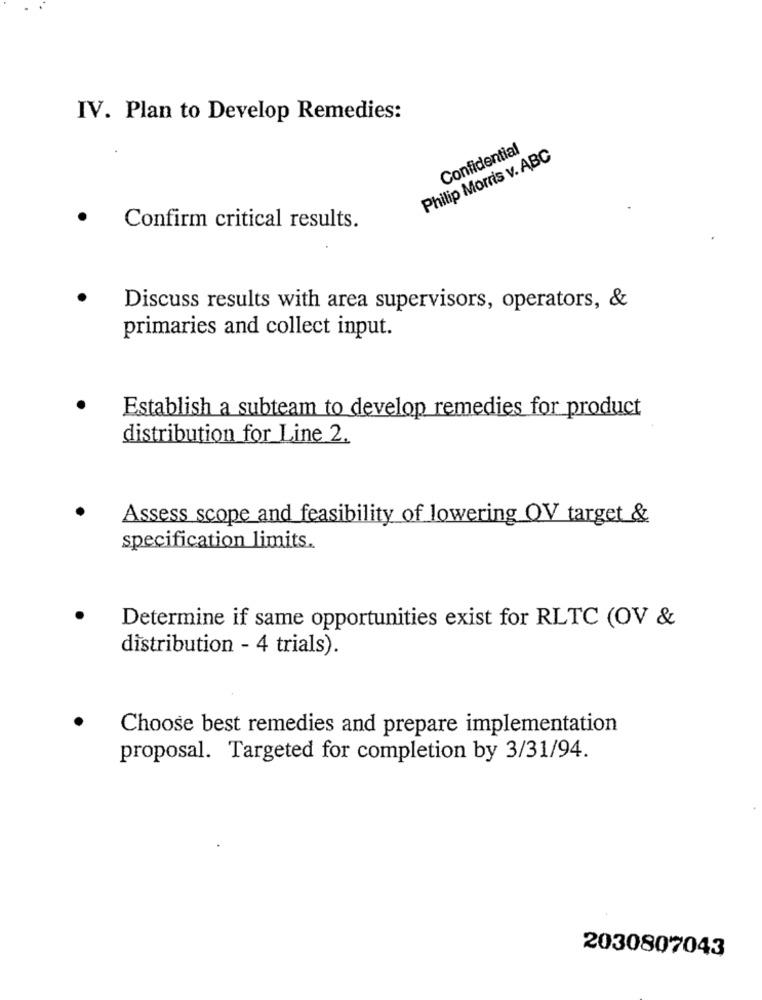
IV. Plan to Develop Remedies:
Confidential
Philip Morris v. ABC
Confirm critical results.
Discuss results with area supervisors, operators, &
primaries and collect input.
Establish a subteam to develop remedies for product
distribution for Line 2.
Assess scope and feasibility of lowering OV target &
specification limits.
Determine if same opportunities exist for RLTC (OV &
distribution - 4 trials).
Choose best remedies and prepare implementation
proposal. Targeted for completion by 3/31/94.
2030807043